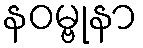
နဝမ္ဗုနာ